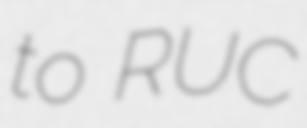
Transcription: to RUC